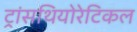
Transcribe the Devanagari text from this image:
ट्रांसथियोरेटिकल